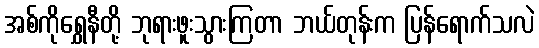
အစ်ကိုရွှေနီတို့ ဘုရားဖူးသွားကြတာ ဘယ်တုန်းက ပြန်ရောက်သလဲ